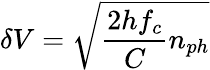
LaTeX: \delta V=\sqrt{\frac{2hf_{c}}{C}n_{ph}}